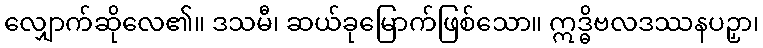
လျှောက်ဆိုလေ၏။ ဒသမီ၊ ဆယ်ခုမြောက်ဖြစ်သော။ ဣဒ္ဓိဗလဒဿနပဉှာ၊